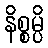
နိစ္စမ္ပိ